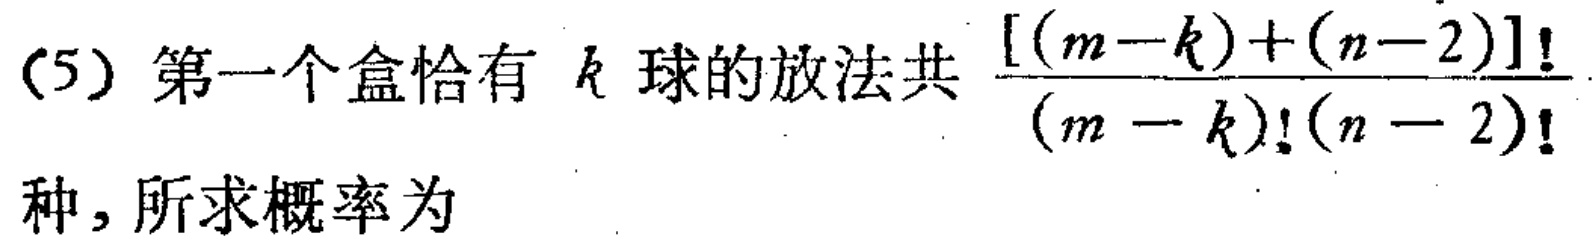
(5) 第一个盒恰有 \(k\) 球的放法共 \(\frac{[(m - k)+(n - 2)]!}{(m - k)!(n - 2)!}\) 种，所求概率为